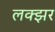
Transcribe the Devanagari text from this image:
लक्झर